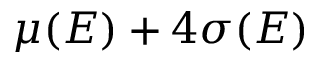
\mu ( E ) + 4 \sigma ( E )